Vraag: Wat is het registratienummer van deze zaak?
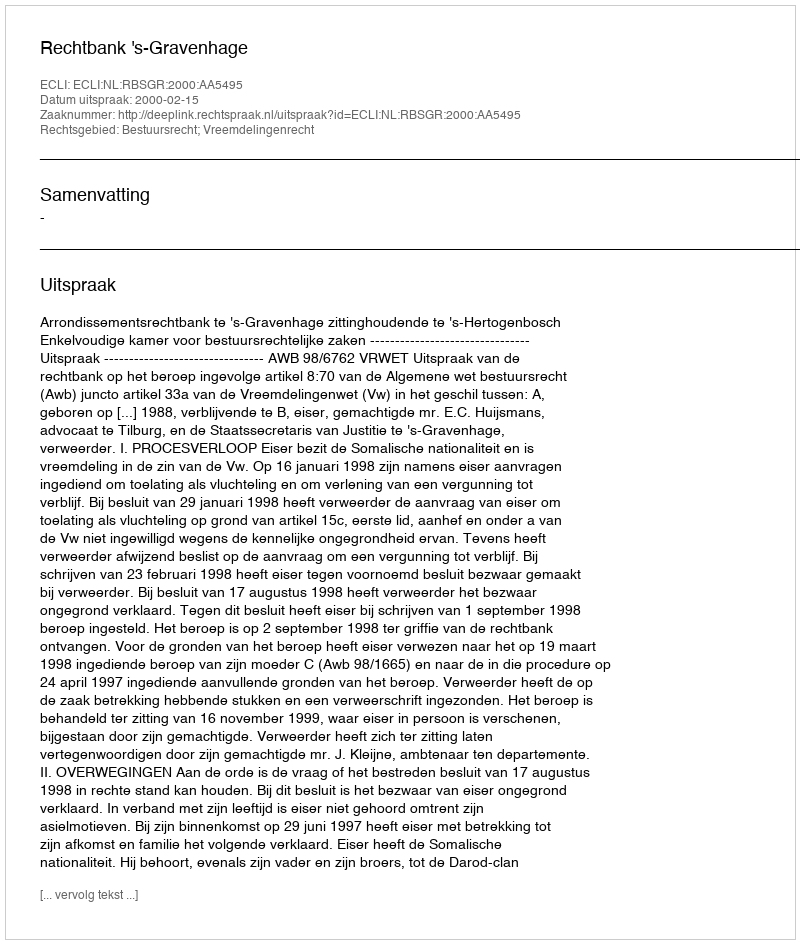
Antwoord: http://deeplink.rechtspraak.nl/uitspraak?id=ECLI:NL:RBSGR:2000:AA5495